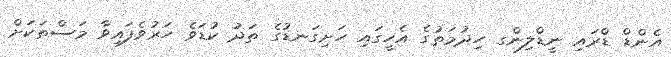
އެންޑް ޑްރައި ނީޑްލިންގ ހިދުމަތުގެ އެހީގައި ހަށިގަނޑުގެ ތަދު ކުޑަވެ ހަރުވެފައިވާ މަސްތަކަށް